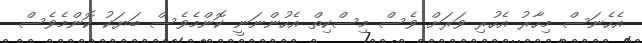
އެހެނަސް މިހާރު އެހުރި ވަރަށް ވެސް މިސްކިތް އެހުންނަނީ ކޮންމެވެސް ބަޔަކު ކޮންމެވެސް